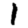
Digit: 1